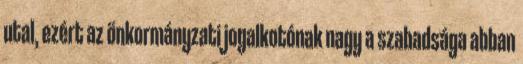
utal, ezért az önkormányzati jogalkotónak nagy a szabadsága abban